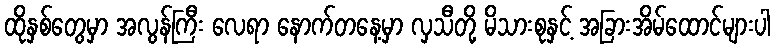
ထိုနှစ်တွေမှာ အလွန်ကြီး လေရာ နောက်တနေ့မှာ လှသီတို့ မိသားစုနှင့် အခြားအိမ်ထောင်များပါ